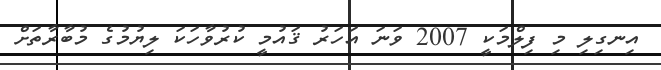
އިނގިލި މި ފިލްމަކީ 2007 ވަނަ އަހަރު ޤައުމީ ކުރުވާހަކަ ލިޔުމުގެ މުބާރާތަށް